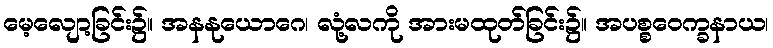
မေ့လျော့ခြင်း၌။ အနနုယောဂေ၊ လုံ့လကို အားမထုတ်ခြင်း၌။ အပစ္စဝေက္ခနာယ၊